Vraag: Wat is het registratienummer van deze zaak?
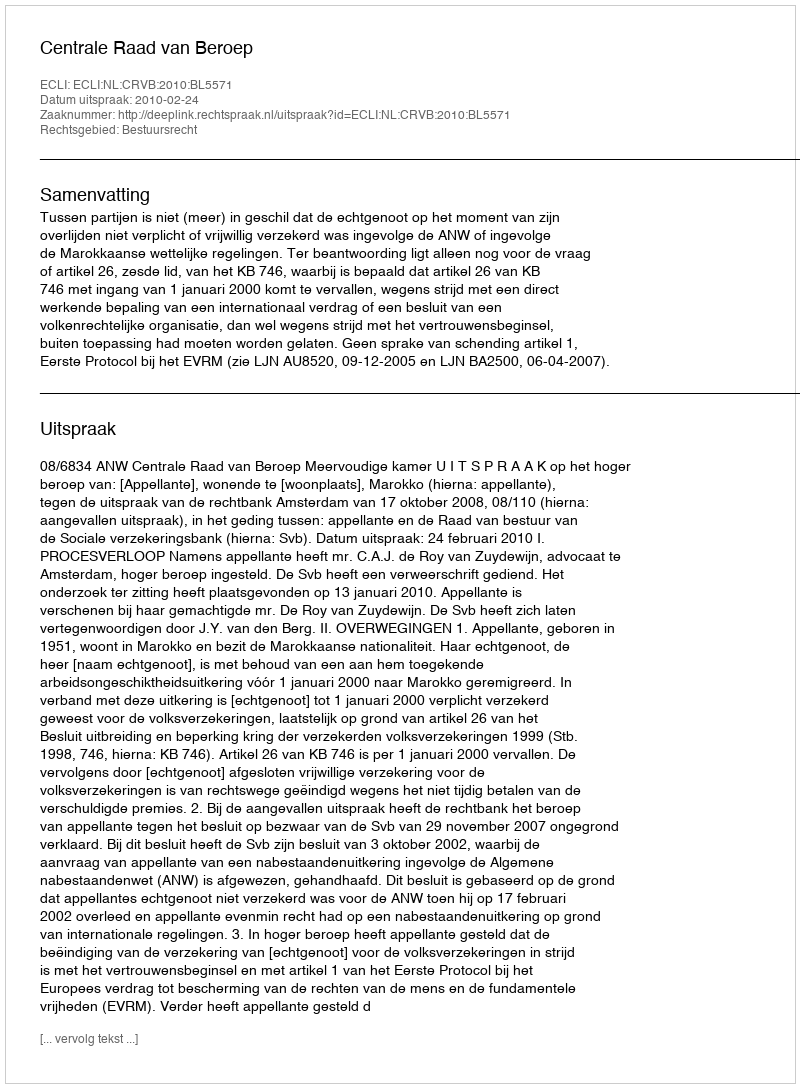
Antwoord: http://deeplink.rechtspraak.nl/uitspraak?id=ECLI:NL:CRVB:2010:BL5571